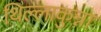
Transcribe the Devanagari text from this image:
थिल्लाकुन्ना